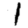
Digit: 1